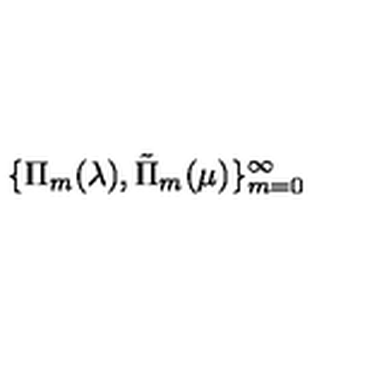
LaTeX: \{ \Pi _ { m } ( \lambda ) , \tilde { \Pi } _ { m } ( \mu ) \} _ { m = 0 } ^ { \infty }